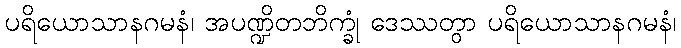
ပရိယောသာနဂမနံ၊ အပဏ္ဍိတဘိက္ခုံ ဒေဿတွာ ပရိယောသာနဂမနံ၊